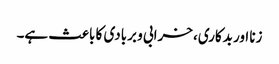
زنا اور بدکاری، خرابی و بربادی کا باعث ہے۔